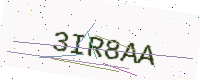
Text: 3IR8AA